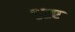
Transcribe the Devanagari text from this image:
५२ए